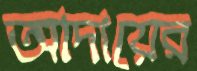
আদায়ের